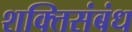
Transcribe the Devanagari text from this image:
शक्तिसंबंध